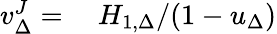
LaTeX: \begin{array}{rl}{v_{\Delta}^{J}=}&{{}\ H_{1,\Delta}/(1-u_{\Delta})}\end{array}